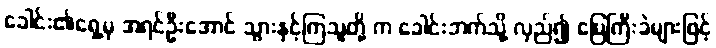
ခေါင်း၏ရှေ့မှ အရင်ဦးအောင် သွားနှင့်ကြသူတို့ က ခေါင်းဘက်သို့ လှည်၍ မြေကြီးခဲများဖြင့်